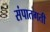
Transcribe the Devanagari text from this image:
संपातगती